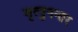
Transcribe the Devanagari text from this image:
मृत्युनन्तर